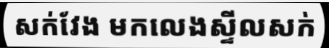
សក់វែង មកលេងស្ទីលសក់